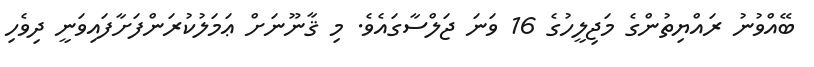
ބޭއްވުނު ރައްޔިތުންގެ މަޖިލީހުގެ 16 ވަނަ ޖަލްސާގައެވެ. މި ޤާނޫނަށް ޢަމަލުކުރަންފަށާފައިވަނީ ދިވެހި